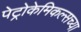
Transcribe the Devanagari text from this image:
पेट्रोकेमिकल्सच्या